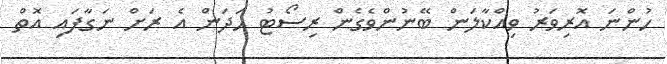
ހުންނަ އޮރިވަރު ވިއްކާލަން ބޭނުންވެގެން ރިސޯޓު ހަދަން އެ ރަށް ނަގާފައި އޮތް